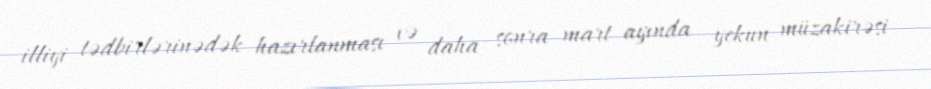
illiyi tədbirlərinədək hazırlanması və daha sonra mart ayında yekun müzakirəsi